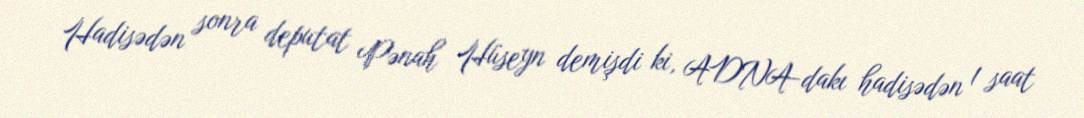
Hadisədən sonra deputat Pənah Hüseyn demişdi ki, ADNA-dakı hadisədən 1 saat